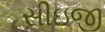
સીઇજી